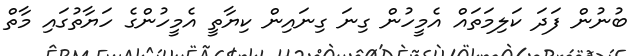
ބުނުން ފަދަ ކަލިމަތައް އެމީހުން ގިނަ ގިނައިން ކިޔާތީ އެމީހުންގެ ހަޔާތުގައި މާތް